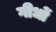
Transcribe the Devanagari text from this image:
गीधों